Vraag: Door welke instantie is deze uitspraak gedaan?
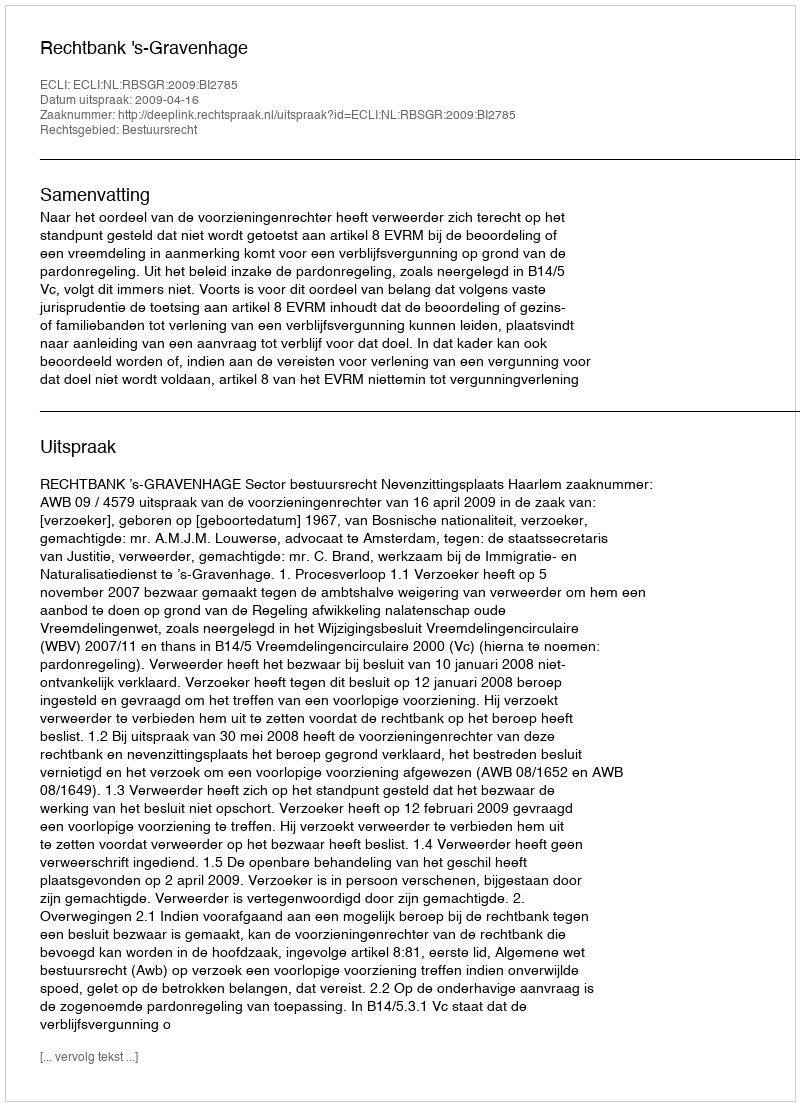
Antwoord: Rechtbank 's-Gravenhage